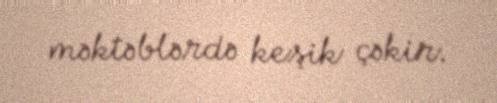
məktəblərdə keşik çəkir.